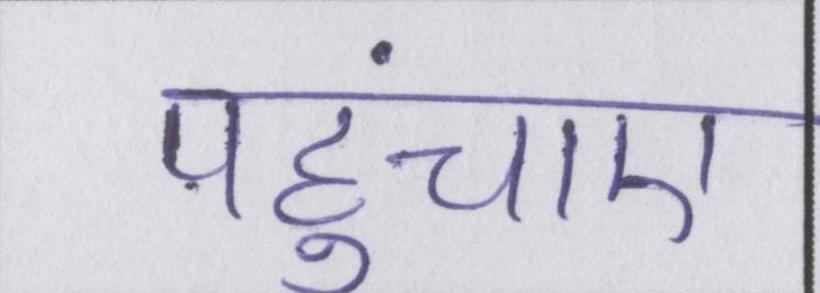
पहुंचाए